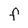
Character: F